Eesti_Vabariigi_Tartu_Ulikool, lk 107
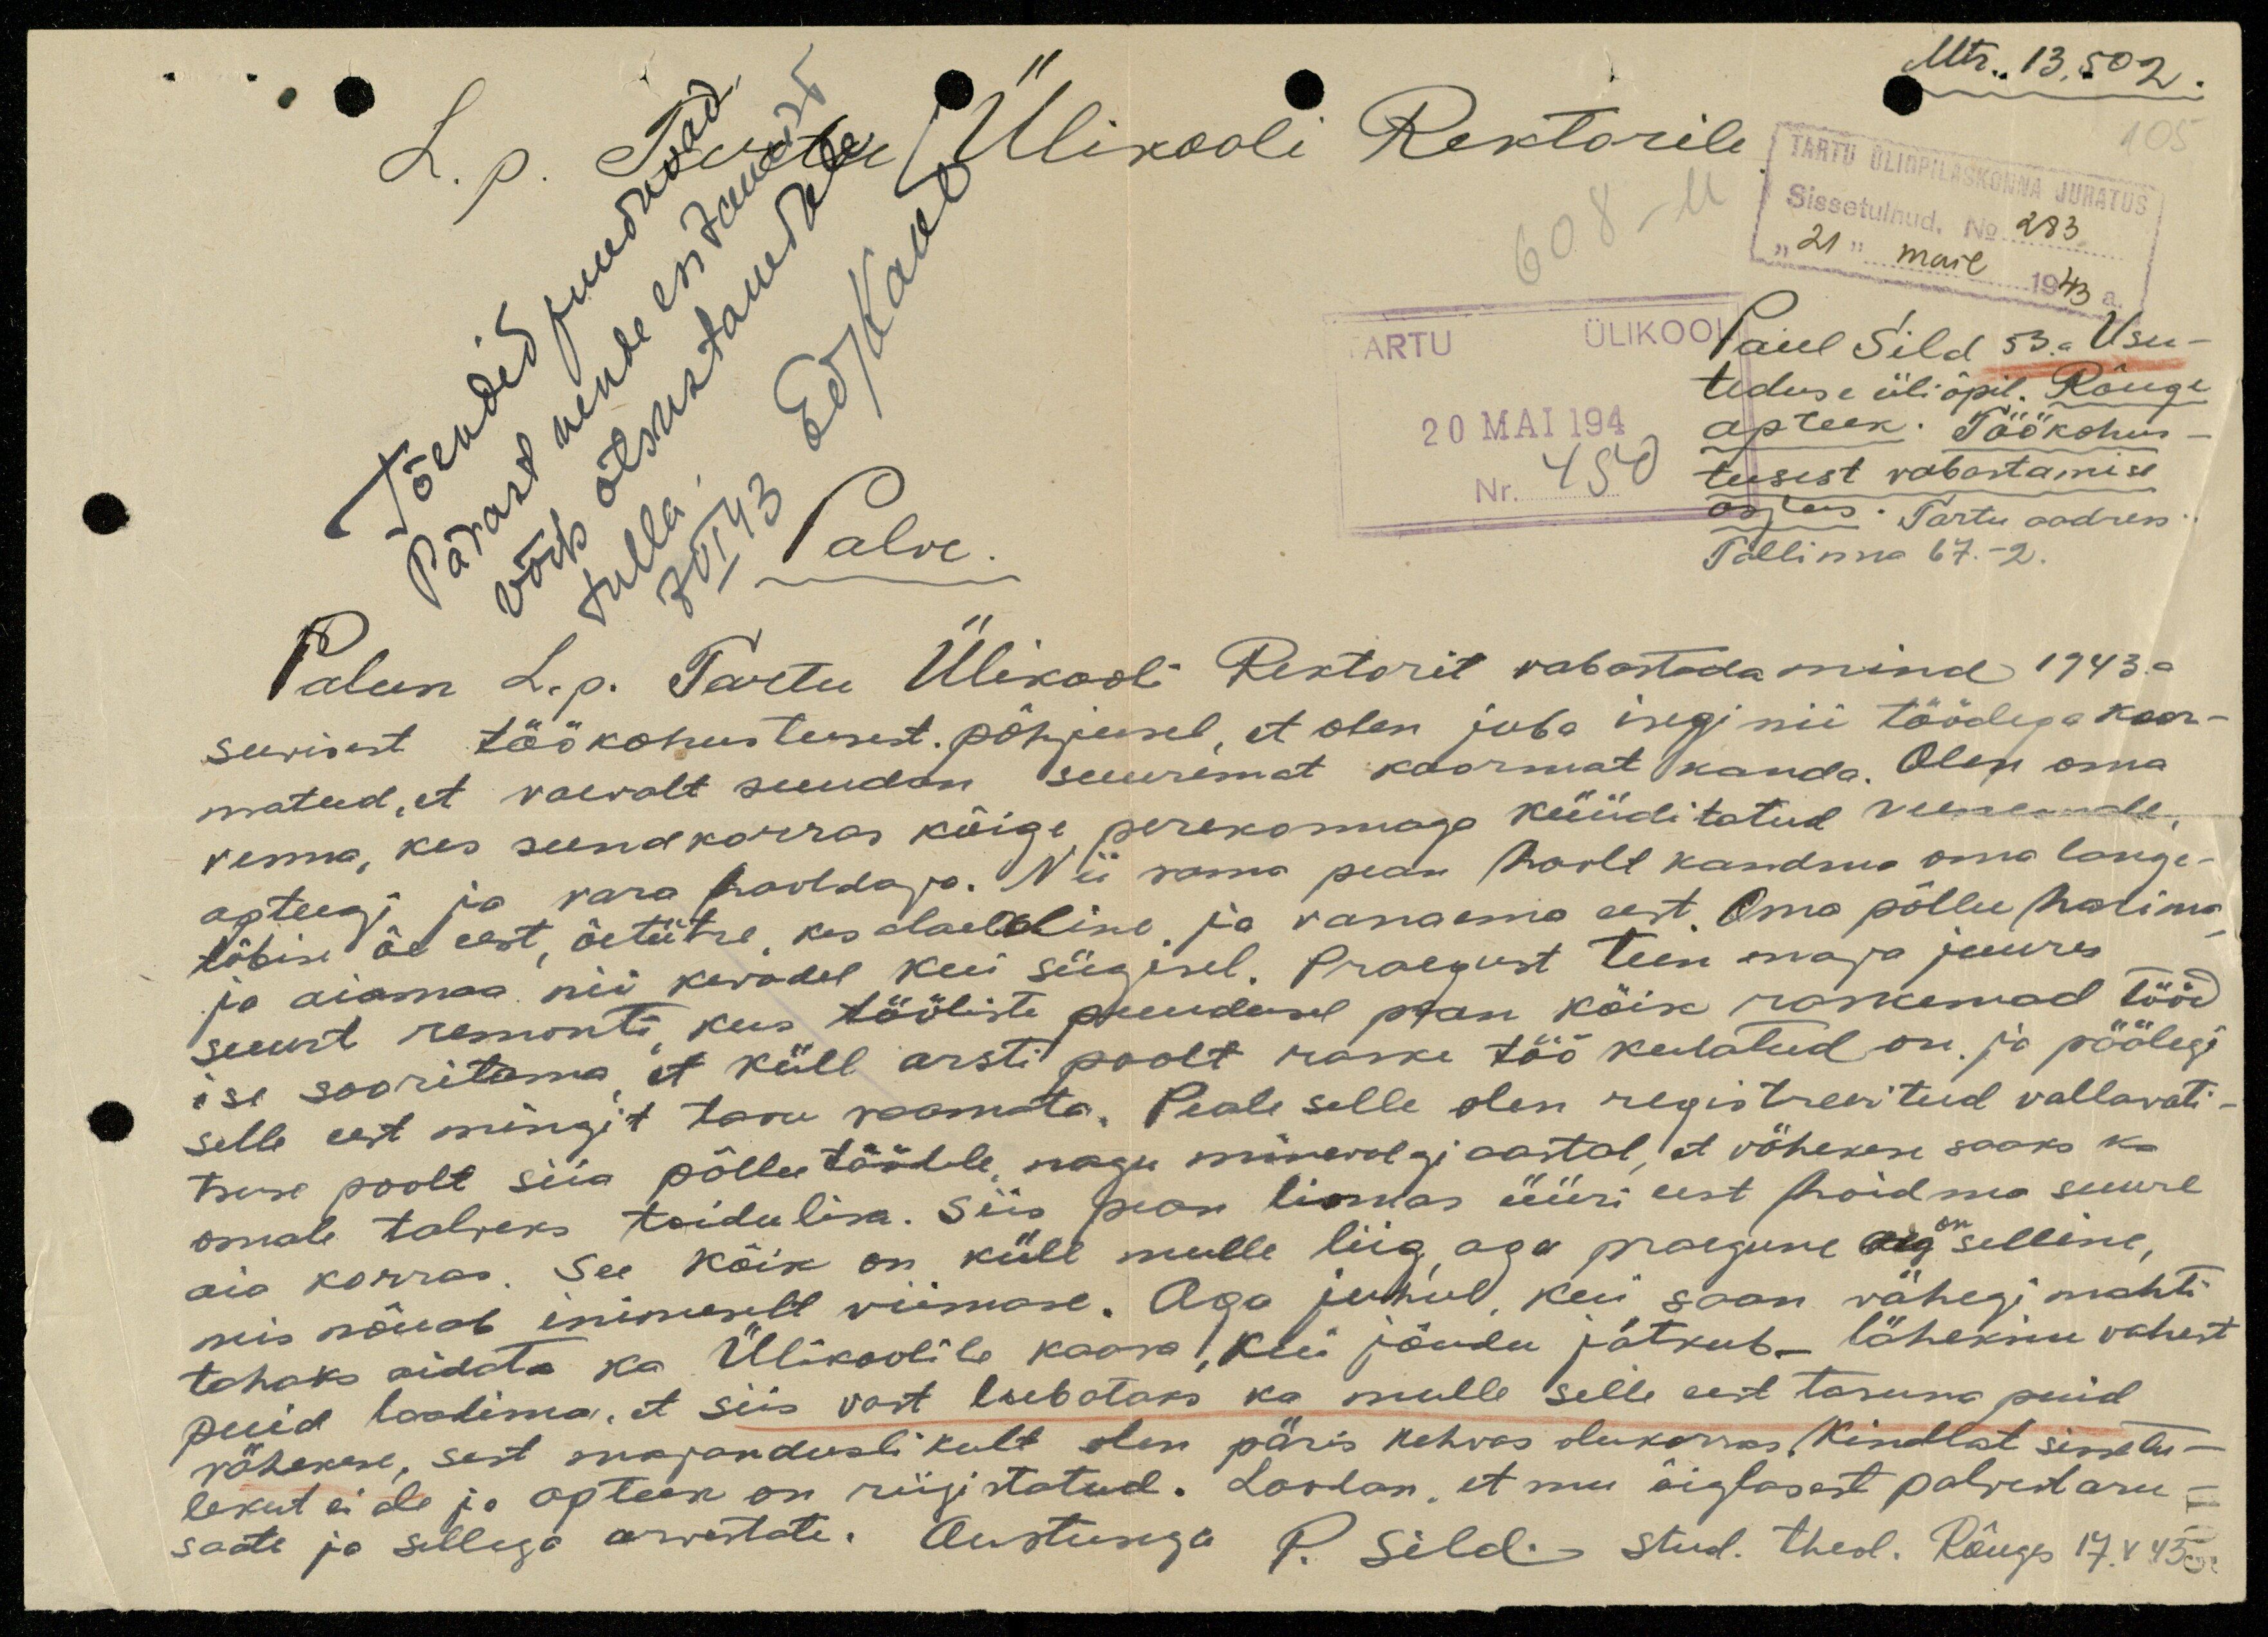
Mtr., 13,502.
L. p. Tartu Ülikooli Rektorile
TARTU ÜLIÕPILASKONNA JUHATUS
Sissetulnud. No. 283
"21" mail 1943 a.
608 - M
Tõendid puuduvad
TARTU ÜLIKOOL
Pärast nende esitamist
võib otsustamisele
7 VI 43 Ed/Kant
20 MAI 194
Nr. 450
Paul Sild 53.a. Usu-
teduse üliõpil. Rõuge
apteek. Töökohus-
tusest vabastamise
asjus. Tartu aadress..
Tallinna 67.-2.
tulla.
Palve.
Palun L. p. Tartu Ülikooli Rektorit vabastada mind 1943.a
suvisest töökohustusest. põhjusel, et olen juba isegi nii töödega koor-
matud, et vaevalt suudan suuremat koormat kanda. Olen oma
venna, kes sundkorras kõige perekonnaga küüditatud Venemaale,
apteegi ja vara hooldaja. Nii sama pean hoolt kandma oma lange-
tõbise õe eest, õetütre, kes alaelaline, ja vanaema eest. Oma põllu harima
ja aiamaa nii kevadel kui sügisel. Praegust teen maja juures
suurt remonti, kus tööliste puudusel pean kõik raskemad tööd
ise sooritama, et küll arsti poolt raske töö keelatud on. ja päälegi
selle eest mingit tasu saamata. Peale selle olen registreeritud vallavali-
tsuse poolt siia põllutöödele nagu minevalgi aastal et vähekese saaks ka
omale talveks toidulisa. Siis pean linnas üüri eest hoidma suure
aia korras. See kõik on küll mulle liig, aga praegune aeg on selline,
mis nõud inimeselt viimase. Aga juhul kui saan vähegi mahti
tahaks aidata ka Ülikoolile kaasa ,kui jõudu jätkub- läheksin vahest
puid laadima, et siis vast lubataks ka mulle selle eest tasuna puid
vähekese, sest majanduslikult olen päris kehvas olukorras. Kindlat sissetu-
lekut ei ole ja apteek on riigistatud. Loodan, et mu õiglasest palvest aru-
saate ja sellega arvestate. Austusega P. Sild. stud. theol. Rõuges 17.V 43